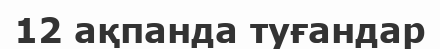
12 ақпанда туғандар